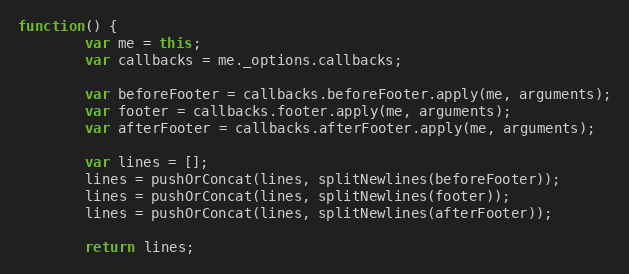
Language: JavaScript
function() {
		var me = this;
		var callbacks = me._options.callbacks;

		var beforeFooter = callbacks.beforeFooter.apply(me, arguments);
		var footer = callbacks.footer.apply(me, arguments);
		var afterFooter = callbacks.afterFooter.apply(me, arguments);

		var lines = [];
		lines = pushOrConcat(lines, splitNewlines(beforeFooter));
		lines = pushOrConcat(lines, splitNewlines(footer));
		lines = pushOrConcat(lines, splitNewlines(afterFooter));

		return lines;